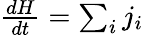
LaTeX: \begin{array}{r}{\frac{dH}{dt}=\sum_{i}j_{i}}\end{array}